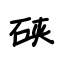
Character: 硖